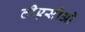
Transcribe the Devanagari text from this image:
टीएसीओ